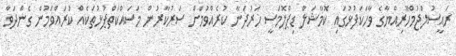
ރައީސުލްޖުމްހޫރިއްޔާގެ ވާހަކަފުޅުގައި ކޮމާޝަލް ޑިޕްލޮމަސީ ހަރުދަނާ ކުރެއްވުމަށް ސަރުކާރުން މަސައްކަތްޕުޅުތަކެއް ކުރައްވަމުން ގެންދަވާ